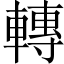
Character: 轉